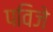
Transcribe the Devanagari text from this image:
पविजे